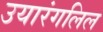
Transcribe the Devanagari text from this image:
उयारंगलिल